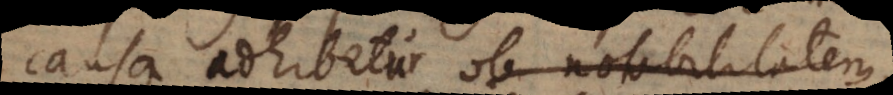
causa adhibita ob notabilitatem,